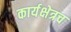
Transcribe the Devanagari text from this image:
कार्यक्षेत्रच